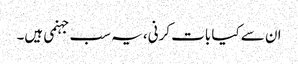
ان سے کیا بات کرنی، یہ سب جہنمی ہیں۔